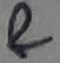
Text: &